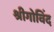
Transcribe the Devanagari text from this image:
श्रीगोविंद